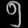
Digit: ၅